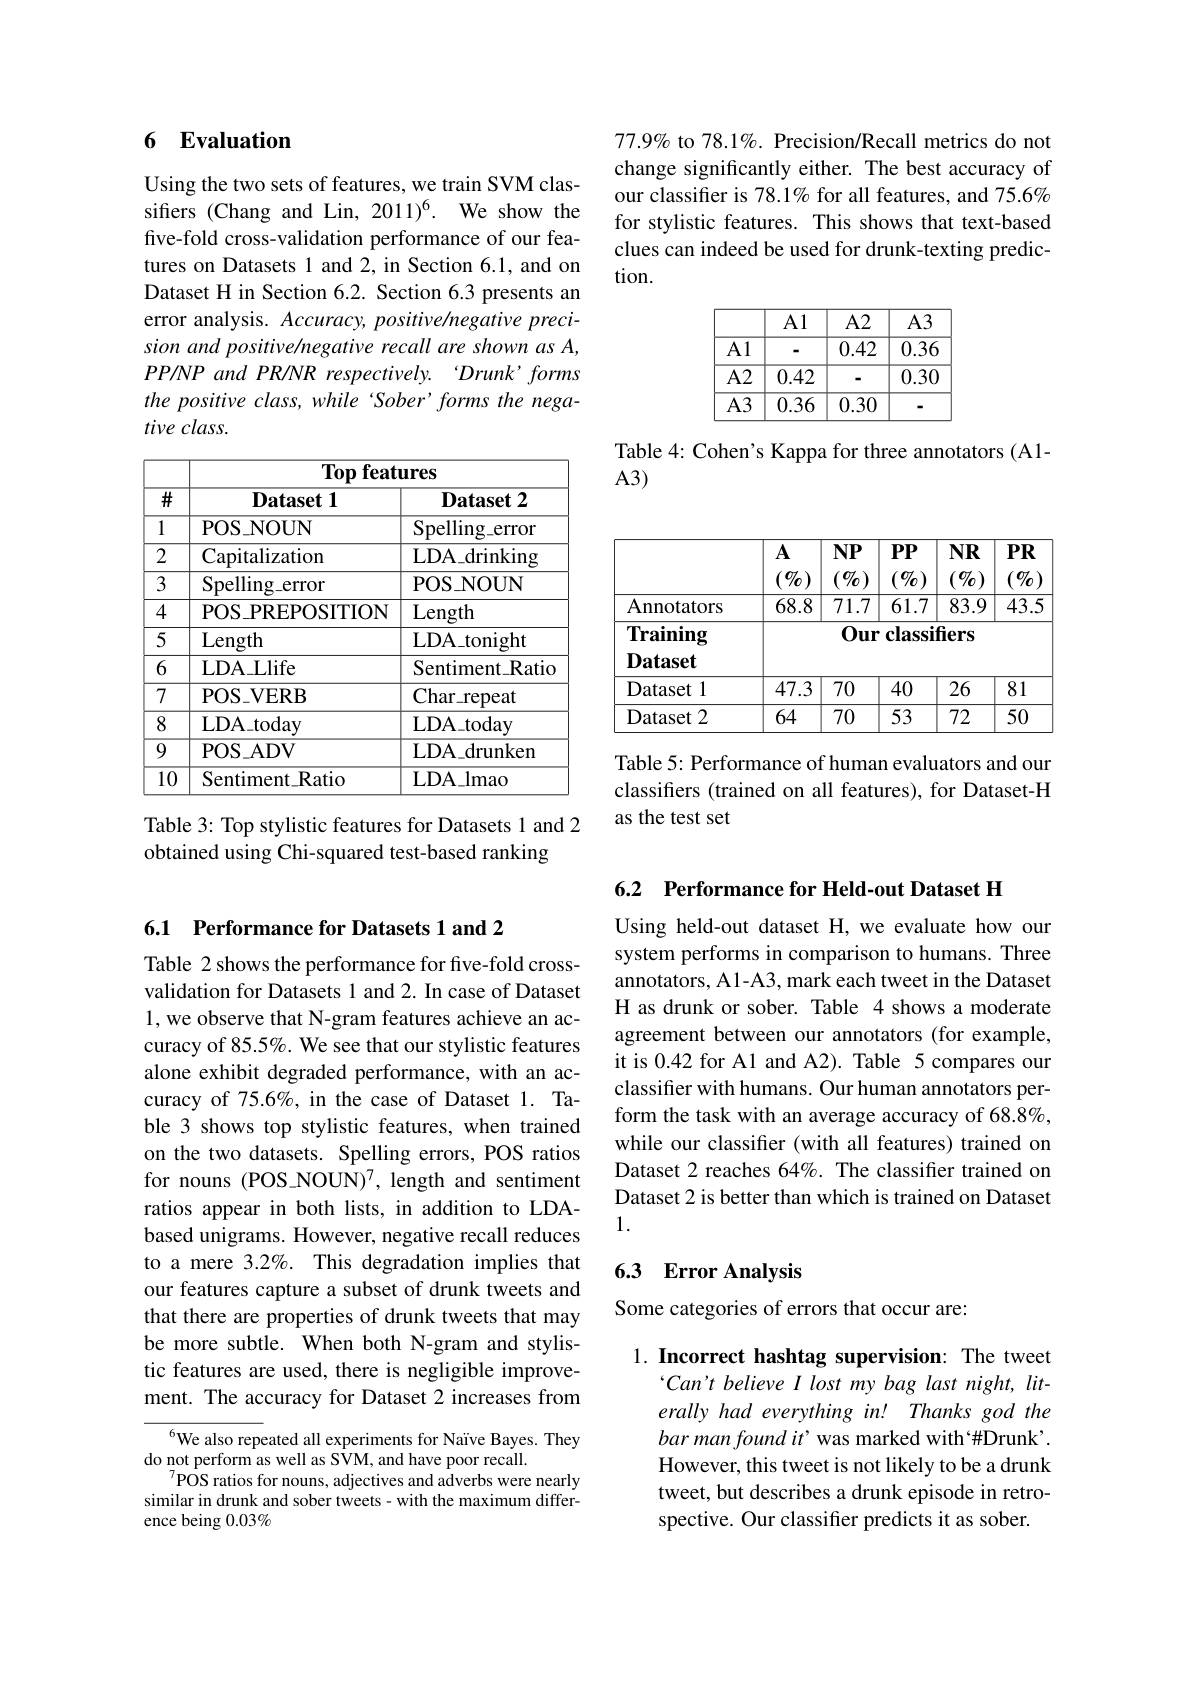
## 6 Evaluation

Using the two sets of features, we train SVM classifiers (Chang and Lin, 2011)$^6.$ We show the five-fold cross-validation performance of our features on Datasets 1 and 2, in Section 6.1, and on Dataset H in Section 6.2. Section 6.3 presents an error analysis. Accuracy, positive/negative precision and positive/negative recall are shown as A, $PP/NPandPR/NR$ respectively. Drunk'forms the positive class, while‘Sober’forms the negative class.

<table>
	<tbody>
		<tr>
			<th>$\overline{\#}$</th>
			<th>Dataset 1</th>
			<th>$\textbf{Dataset 2}$</th>
		</tr>
		<tr>
			<td>1</td>
			<td>POSMOUN</td>
			<td>$Spelling\_error$</td>
		</tr>
		<tr>
			<td>2</td>
			<td>Capitalization</td>
			<td>LDA$\_$drinking</td>
		</tr>
		<tr>
			<td>3</td>
			<td>$Spelling\_error$</td>
			<td>POS- NOUN</td>
		</tr>
		<tr>
			<td>4</td>
			<td>$POS\_PREPOSITION$</td>
			<td>Length</td>
		</tr>
		<tr>
			<td>5</td>
			<td>Length</td>
			<td>LDA$\_$tonight</td>
		</tr>
		<tr>
			<td>6</td>
			<td>LDALlife</td>
			<td>$Sentiment\_Ratio$</td>
		</tr>
		<tr>
			<td>7</td>
			<td>PO$S_V$ERB</td>
			<td>Char$\_$repeat</td>
		</tr>
		<tr>
			<td>8</td>
			<td>LDA$\_$today</td>
			<td>LDA$\_$today</td>
		</tr>
		<tr>
			<td>9</td>
			<td>$\operatorname{POS}_{\mathrm{ADV}}$</td>
			<td>LDA$\_$drunken</td>
		</tr>
		<tr>
			<td>$\overline{10}$</td>
			<td>$Sentiment\_Ratio$</td>
			<td>LDA$\_$lmao</td>
		</tr>
	</tbody>
</table>

Table 3: Top stylistic features for Datasets 1 and 2
obtained using Chi-squared test-based ranking

77.9% to 78.1%. Precision/Recall metrics do not change significantly either. The best accuracy of our classifier is 78.1% for all features, and 75.6% for stylistic features. This shows that text-based clues can indeed be used for drunk-texting prediction.

Table 4: Cohen's Kappa for three annotators (A1-
A3)

Table 5: Performance of human evaluators and our classifers (trained on all features), for Dataset-H as the test set

6.1 Performance for Datasets 1 and 2

Table 2 shows the performance for five-fold crossvalidation for Datasets 1 and 2. In case of Dataset 1, we observe that N-gram features achieve an accuracy of 85.5%. We see that our stylistic features alone exhibit degraded performance, with an accuracy of 75.6%, in the case of Dataset 1. Table 3 shows top stylistic features, when trained on the two datasets. Spelling errors, POS ratios for nouns (POS\_NOUN)7,length and sentiment ratios appear in both lists, in addition to LDAbased unigrams. However, negative recall reduces to a mere 3.2%. This degradation implies that our features capture a subset of drunk tweets and that there are properties of drunk tweets that may be more subtle. When both N-gram and stylistic features are used, there is negligible improvement. The accuracy for Dataset 2 increases from

${^{6}\text{We also repeated all experiments for Naïve Bayes. They}}$
do not perform as well as SVM, and have poor recall.
$^{7}\dot{\mathrm{POS~ratios~for~nouns,~adjectives~and~adverbs~were~nearly}}$ similar in drunk and sober tweets- with the maximum difference being $0.03\%$

6.2 Performance for Held-out Dataset H

Using held-out dataset H, we evaluate how our system performs in comparison to humans. Three annotators, A1-A3, mark each tweet in the Dataset H as drunk or sober. Table 4 shows a moderate agreement between our annotators (for example, it is 0.42 for A1 and A2). Table 5 compares our classifer with humans. Our human annotators perform the task with an average accuracy of 68.8%, while our classifer (with all features) trained on Dataset 2 reaches 64%. The classifier trained on Dataset 2 is better than which is trained on Dataset 1.

## 6.3 Error Analysis

Some categories of errors that occur are:

1. Incorrect hashtag supervision: The tweet
Can't believe I lost my bag last night, literally had everything in! Thanks god the $barman\textit{found it' was marked with“ \# Drunk’ }.$ However, this tweet is not likely to be a drunk tweet, but describes a drunk episode in retrospective. Our classifier predicts it as sober.